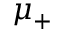
\mu _ { + }